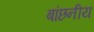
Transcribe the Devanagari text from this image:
बांछनीय